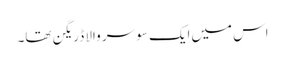
اس میں‌ایک سو سر والا ڈریگن تھا۔